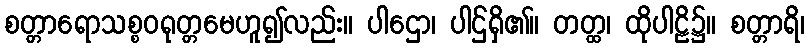
စတ္တာရောသစ္စဝရုတ္တမေဟူ၍လည်း။ ပါဌော၊ ပါဌ်ရှိ၏။ တတ္ထ၊ ထိုပါဠိ၌။ စတ္တာရိ၊